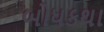
બોધકથા